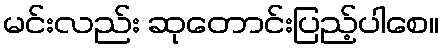
မင်းလည်း ဆုတောင်းပြည့်ပါစေ။